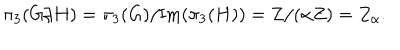
\pi _ { 3 } ( G / H ) = \pi _ { 3 } ( G ) / \mathrm { I m } ( \pi _ { 3 } ( H ) ) = Z / ( \alpha Z ) = Z _ { \alpha } .